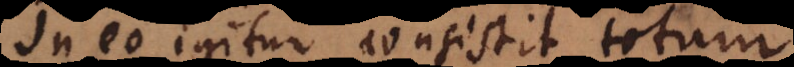
In eo igitur consistit totum